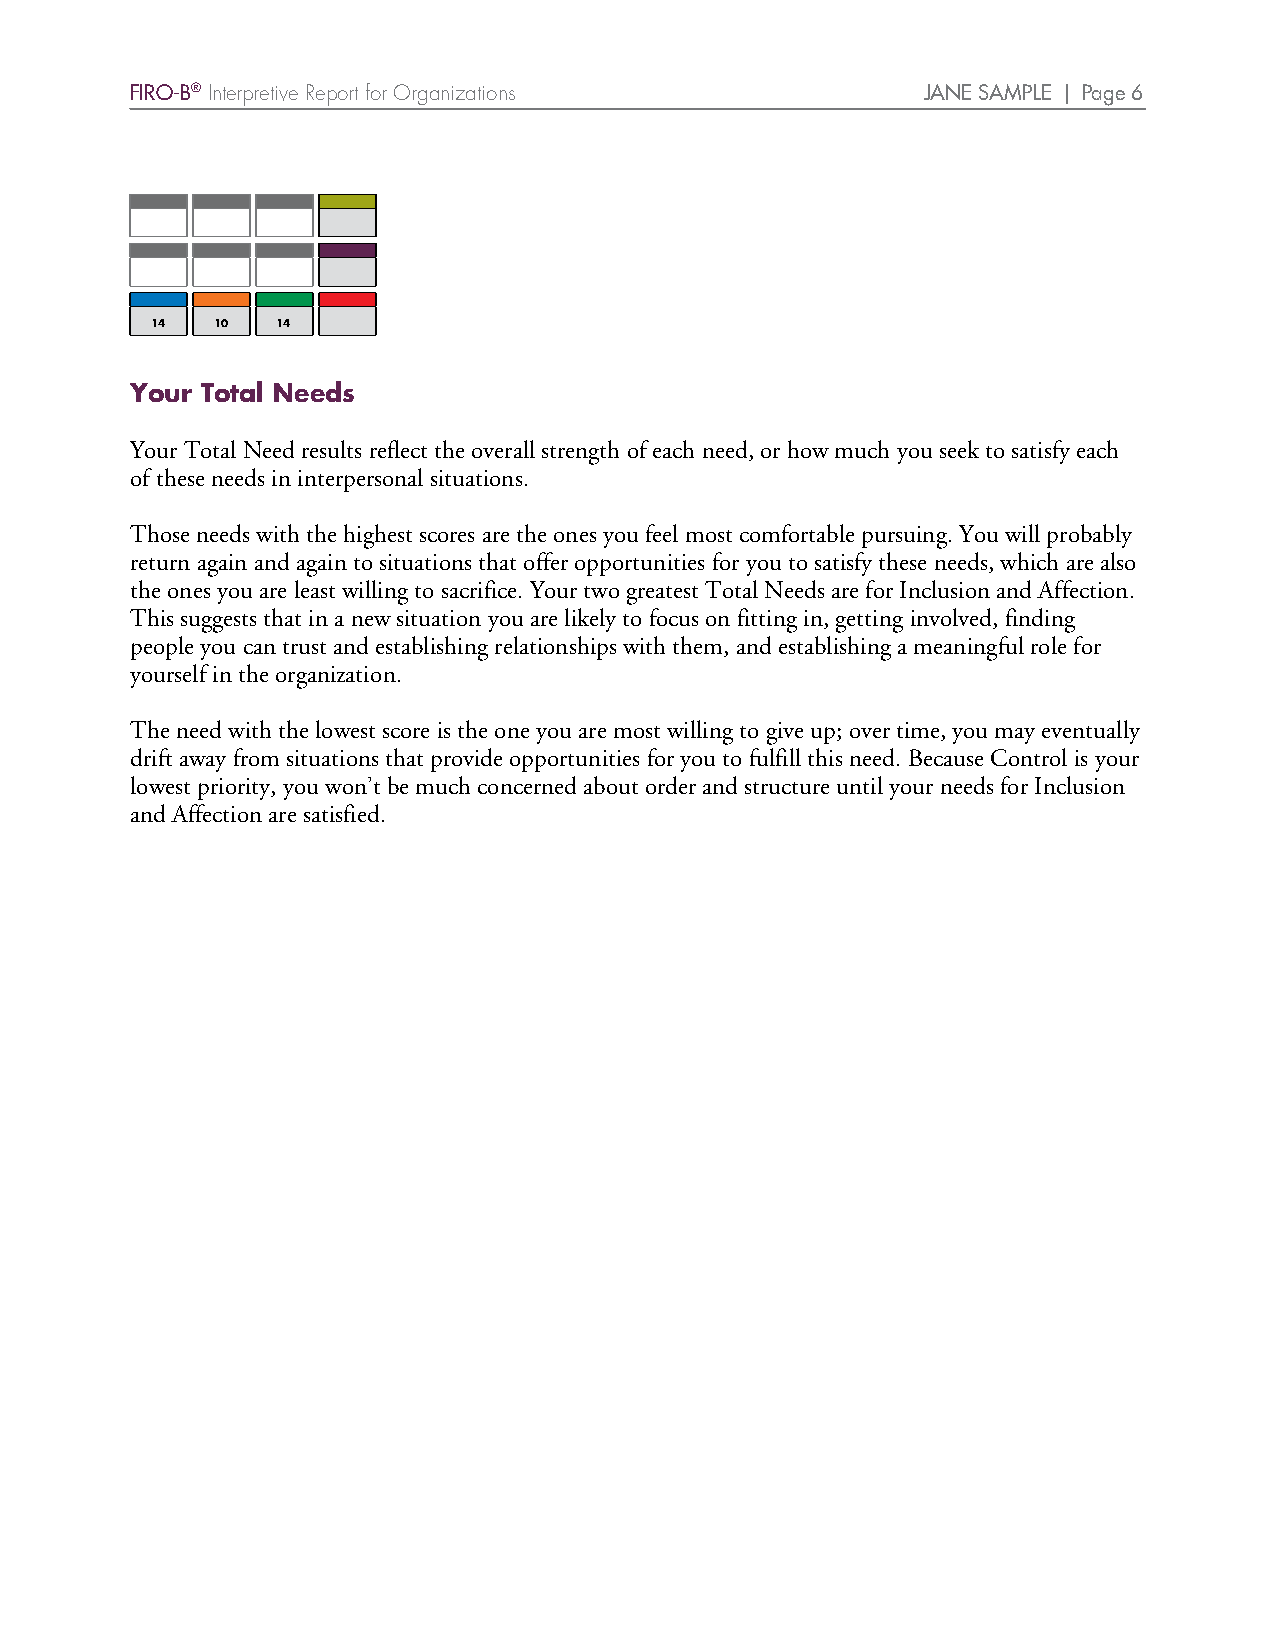
FIRO-B® Interpretive Report for Organizations       JANE SAMPLE | Page 6
 14  10  14
 Your Total Needs
 Your Total Need results reflect the overall strength of each need, or how much you seek to satisfy each
 of these needs in interpersonal situations.
 Those needs with the highest scores are the ones you feel most comfortable pursuing. You will probably
 return again and again to situations that offer opportunities for you to satisfy these needs, which are also
 the ones you are least willing to sacrifice. Your two greatest Total Needs are for Inclusion and Affection.
 This suggests that in a new situation you are likely to focus on fitting in, getting involved, finding
 people you can trust and establishing relationships with them, and establishing a meaningful role for
 yourself in the organization.
 The need with the lowest score is the one you are most willing to give up; over time, you may eventually
 drift away from situations that provide opportunities for you to fulfill this need. Because Control is your
 lowest priority, you won’t be much concerned about order and structure until your needs for Inclusion
 and Affection are satisfied.